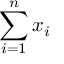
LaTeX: \sum _ { i = 1 } ^ { n } x _ { i }